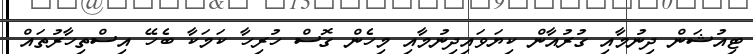
ޓިއުޝަން ދިނުމާއި ގުރުއާން ކިޔަވައިދިނުމާއި މިހެން ގޮސް ހުރިހާ ކަމަކާ ބެހޭ އިސްތިހާރުތައް